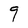
Character: q